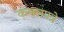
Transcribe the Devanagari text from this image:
कमलपत्रे